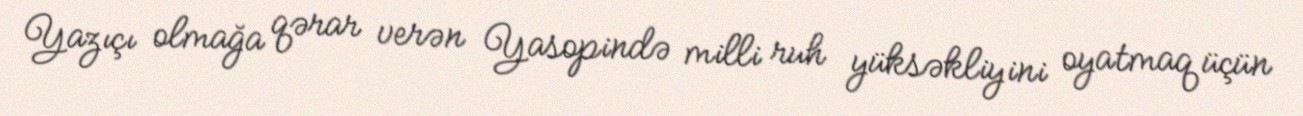
Yazıçı olmağa qərar verən Yasopində milli ruh yüksəkliyini oyatmaq üçün